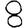
Digit: 8